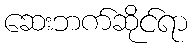
ဆေးဘက်ဆိုင်ရာ